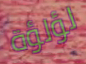
لؤلؤة